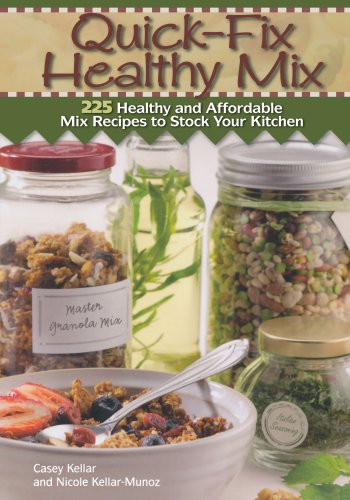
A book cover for Quick Fix Healthy Mix: 225 healthy and affordable mix recipes to stock your kitchen; Casey Kellar; Cookbooks, Food & Wine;